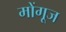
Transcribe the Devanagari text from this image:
मोंगूज